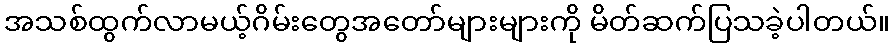
အသစ်ထွက်လာမယ့်ဂိမ်းတွေအတော်များများကို မိတ်ဆက်ပြသခဲ့ပါတယ်။